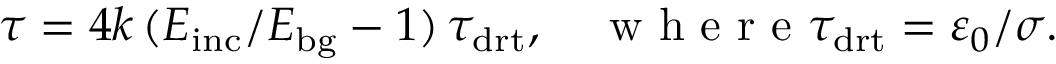
\tau = 4 k \, ( E _ { \mathrm { i n c } } / E _ { \mathrm { b g } } - 1 ) \, \tau _ { \mathrm { d r t } } , \quad \mathrm { ~ w ~ h ~ e ~ r ~ e ~ } \tau _ { \mathrm { d r t } } = \varepsilon _ { 0 } / \sigma .